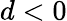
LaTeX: d<0